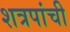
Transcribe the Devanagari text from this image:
शत्रपांची